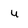
Character: U